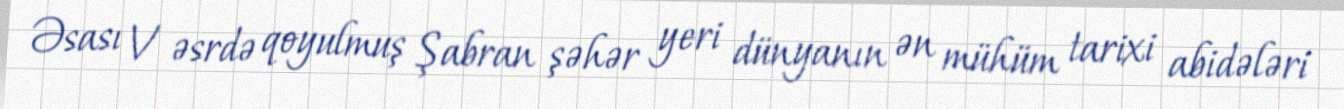
Əsası V əsrdə qoyulmuş Şabran şəhər yeri dünyanın ən mühüm tarixi abidələri